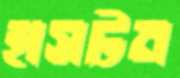
হাসটন